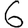
Digit: 6